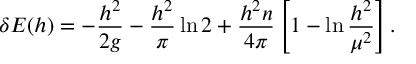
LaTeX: \delta { \cal E } ( h ) = - { \frac { h ^ { 2 } } { 2 g } } - { \frac { h ^ { 2 } } { \pi } } \ln 2 + { \frac { h ^ { 2 } n } { 4 \pi } } \left[ 1 - \ln { \frac { h ^ { 2 } } { \mu ^ { 2 } } } \right] .